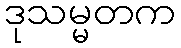
ဒုသမ္မတက